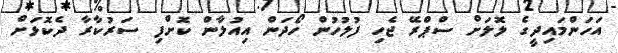
އަހަންމައިދީގެ ލޮލަށް ސްޕްރޭ ޖެހި ފުލުހުން ހޯދަން އިއުލާން ކޮށްފި ސަރުކާރާ ދެކޮޅަށް